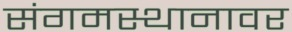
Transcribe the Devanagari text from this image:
संगमस्थानावर